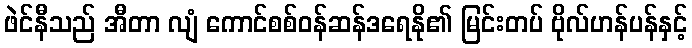
ဖဲင်နီသည် အီတာ လျံ ကောင်စစ်ဝန်ဆန်ဒရေနို၏ မြင်းတပ် ဗိုလ်ဟန်ပန်နှင့်